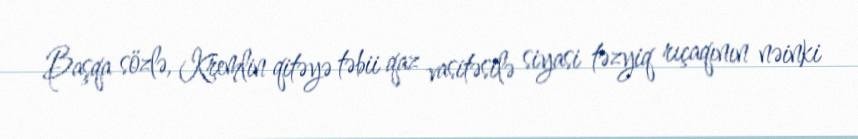
Başqa sözlə, Kremlin qitəyə təbii qaz vasitəsilə siyasi təzyiq rıçaqının nəinki